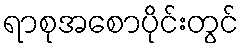
ရာစုအစောပိုင်းတွင်